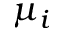
\mu _ { i }